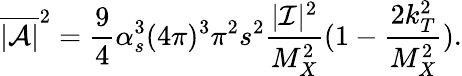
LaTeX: \overline{{{|{\cal A}|}}}^{2}=\frac{9}{4}\alpha_{s}^{3}(4\pi)^{3}\pi^{2}s^{2}\frac{|{\cal I}|^{2}}{M_{X}^{2}}(1-\frac{2k_{T}^{2}}{M_{X}^{2}}).